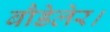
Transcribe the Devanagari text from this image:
बौडेलेर।